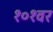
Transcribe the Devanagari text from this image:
१०१वर